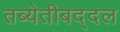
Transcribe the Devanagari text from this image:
तब्येतीबद्दल